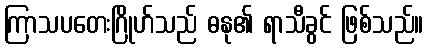
ကြာသပတေးဂြိုဟ်သည် ဓနု၏ ရာသီခွင် ဖြစ်သည်။